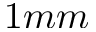
1 m m